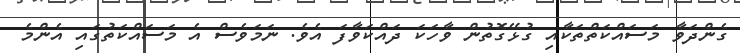
ގެންދަވާ މަސައްކަތްތަކާއި ގުޅޭގޮތުން ވާހަކަ ދައްކަވާފަ އެވެ. ނަމަވެސް އެ މަަސައްކަތުގައި އެންމެ